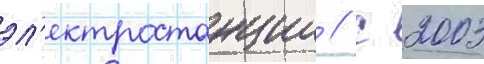
эл'ектростанции // С 2003